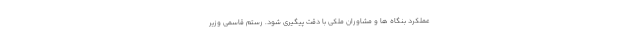
عملکرد بنگاه ها و مشاوران ملکی با دقت پیگیری شود. رستم قاسمی وزیر